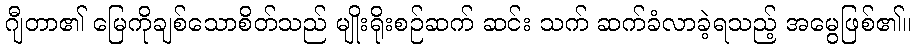
ဂျီတာ၏ မြေကိုချစ်သောစိတ်သည် မျိုးရိုးစဉ်ဆက် ဆင်း သက် ဆက်ခံလာခဲ့ရသည့် အမွေဖြစ်၏။